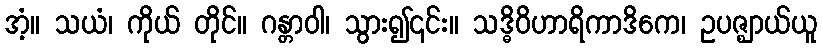
အံ့။ သယံ၊ ကိုယ် တိုင်။ ဂန္တာဝါ၊ သွား၍၎င်း။ သဒ္ဓိဝိဟာရိကာဒိကေ၊ ဥပဇ္ဈာယ်ယူ